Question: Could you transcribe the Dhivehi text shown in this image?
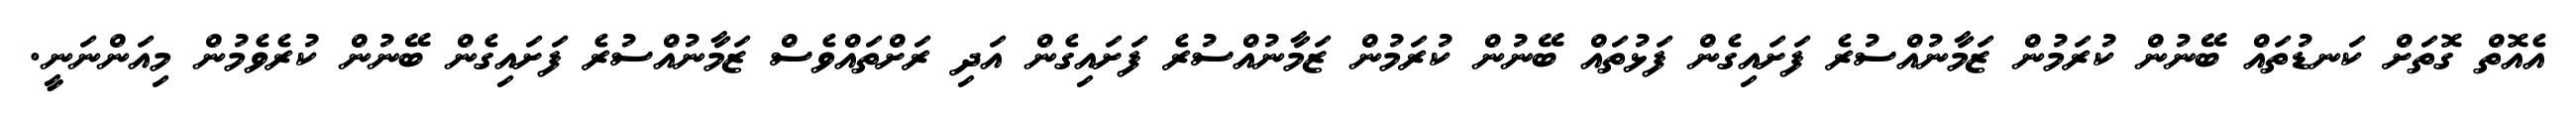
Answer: އެއޮތް ގޮތަށް ކަނޑުތައް ބޭނުން ކުރަމުން ޒަމާނުއްސުރެ ފަށައިގެން ފަޅުތައް ބޭނުން ކުރަމުން ޒަމާނުއްސުރެ ފަށައިގެން އަދި ރަށްތައްވެސް ޒަމާނުއްސުރެ ފަށައިގެން ބޭނުން ކުރެވެމުން މިއަންނަނީ.